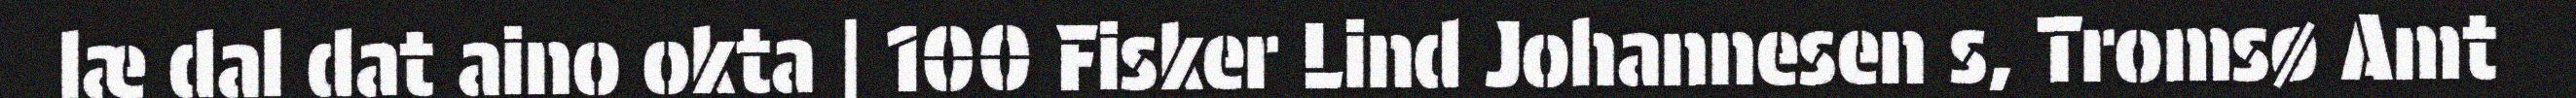
læ dal dat aino okta | 100 Fisker Lind Johannesen s, Tromsø Amt